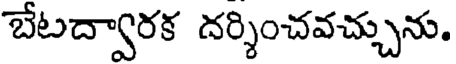
బేటద్వారక దర్శించవచ్చును.